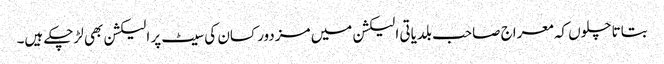
بتاتا چلوں کہ معراج صاحب بلدیاتی الیکشن میں مزدور کسان کی سیٹ پر الیکشن بھی لڑچکے ہیں۔